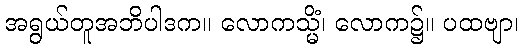
အရွယ်တူအဘိပါဒက။ လောကသ္မိံ၊ လောက၌။ ပထဗျာ၊